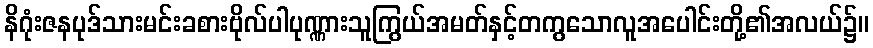
နိဂုံးဇနပုဒ်သားမင်းခစားဗိုလ်ပါပုဏ္ဏားသူကြွယ်အမတ်နှင့်တကွသောလူအပေါင်းတို့၏အလယ်၌။